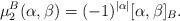
LaTeX: \begin{align*}\mu_2^B(\alpha,\beta)=(-1)^{|\alpha|}[\alpha,\beta]_B.\end{align*}